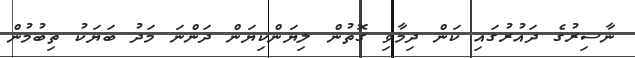
ނާސިރުގެ ދައުރުގައި ކަން ދިމާވި ގޮތުން ލިޔަންކިޔަން ދަންނަ މަދު ބަޔަކު ތިބުމުން